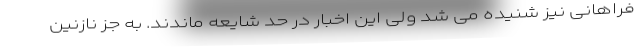
فراهانی نیز شنیده می شد ولی این اخبار در حد شایعه ماندند. به جز نازنین